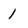
Character: 1